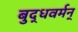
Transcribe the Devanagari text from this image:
बुद्धवर्मन्